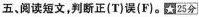
五、阅读短文,判断正(T)误(F).25分